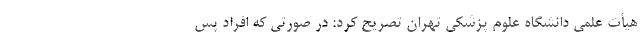
هیأت علمی دانشگاه علوم پزشکی تهران تصریح کرد: در صورتی که افراد پس